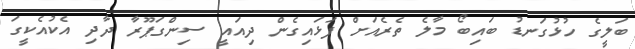
ބަލީގެ ހުޅުގަނޑު ބައިބޯ މާލެ ތެރެއަށް ފަޅައިގެން ދިއައީ ސިންގަޕޫރާ ދާދި އެކުއެކީގަ